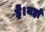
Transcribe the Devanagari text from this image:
हें।यहाँ